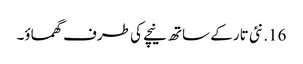
16. نئی تار کے ساتھ نیچے کی طرف گھماؤ۔